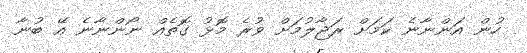
ހުން އަންނާނެ ކަމަށް ރަޖާލުމަށް ވުރެ މޮޅު ގޮތެއް ނޯންނާނެ އޭ ބުނާ